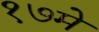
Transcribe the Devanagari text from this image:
१७मे